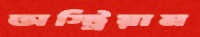
অস্ট্রিয়ান